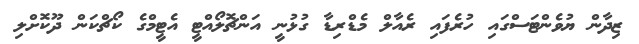
ޒިދާން ޔުވެންޓަސްގައި ހުރެފައި ރެއާލް މެޑްރިޑާ ގުޅުނީ އަންޗޮލޯއްޓީ އެޓީމްގެ ކޯޗްކަން ދޫކޮށްލި